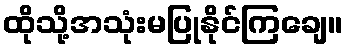
ထိုသို့အသုံးမပြုနိုင်ကြချေ။